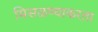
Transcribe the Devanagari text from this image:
मिसळण्याकरता